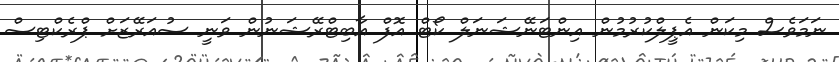
ނަމަވެސް މިކަން އެޕީލްކުރުމުން އިންޓަނޭޝަނަލް ކޯޓް އޮފް އާބިޓްރޭޝަނުން ވަނީ ސުއަރޭޒަށް ޕްރެކްޓިސް